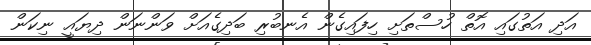
އަދި އަތުގައި އޮތް ހުސްތަށި ހިފައިގެން އެނބުރި ބަދިގެއަށް ވަންނަން ދިޔައީ ނިކަން